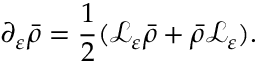
\partial _ { \varepsilon } \bar { \rho } = \frac { 1 } { 2 } ( \mathcal { L } _ { \varepsilon } \bar { \rho } + \bar { \rho } \mathcal { L } _ { \varepsilon } ) .